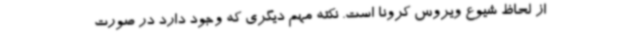
از لحاظ شیوع ویروس کرونا است. نکته مهم دیگری که وجود دارد در صورت